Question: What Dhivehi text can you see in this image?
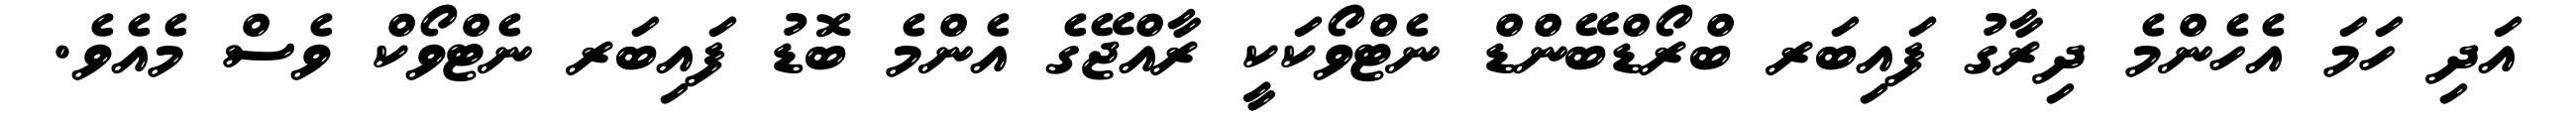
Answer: އަދި ހަމަ އެހެންމެ ދިރާގު ފައިބަރ ބްރޯޑްބޭންޑް ނެޓްވޯކަކީ ރާއްޖޭގެ އެންމެ ބޮޑު ފައިބަރ ނެޓްވޯކް ވެސް މެއެވެ.